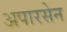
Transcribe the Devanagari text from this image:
अपारसेन